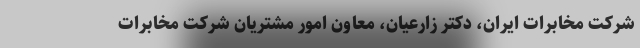
شرکت مخابرات ایران، دکتر زارعیان، معاون امور مشتریان شرکت مخابرات